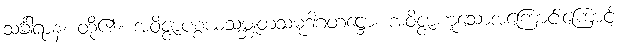
သင်္ခါရာနံ၊ တို့၏။ အဝိဇ္ဇာပစ္စယသမ္ဘူတသမုဒါဂတဋ္ဌော၊ အဝိဇ္ဇာဟူသောအကြောင်းကြောင့်